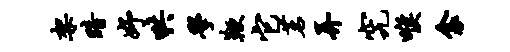
架暗妤哄学鞭它茗弄究喉衾